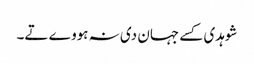
شوہدی کسے جہان دی نہ ہووے تے۔